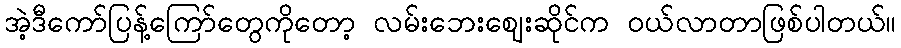
အဲ့ဒီကော်ပြန့်ကြော်တွေကိုတော့ လမ်းဘေးဈေးဆိုင်က ဝယ်လာတာဖြစ်ပါတယ်။